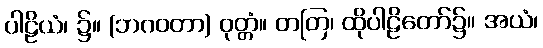
ပါဠိယံ၊ ၌။ (ဘဂဝတာ) ဝုတ္တံ။ တတြ၊ ထိုပါဠိတော်၌။ အယံ၊